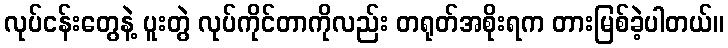
လုပ်ငန်းတွေနဲ့ ပူးတွဲ လုပ်ကိုင်တာကိုလည်း တရုတ်အစိုးရက တားမြစ်ခဲ့ပါတယ်။